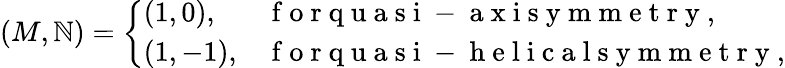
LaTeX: (M,\mathbb{N})=\left\{ \begin{array}{ll}{(1,0),}&{\mathrm{~f~o~r~q~u~a~s~i~-~a~x~i~s~y~m~m~e~t~r~y~},}\\ {(1,-1),}&{\mathrm{~f~o~r~q~u~a~s~i~-~h~e~l~i~c~a~l~s~y~m~m~e~t~r~y~},}\end{array}\right.